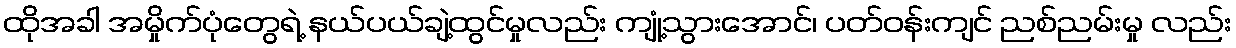
ထိုအခါ အမှိုက်ပုံတွေရဲ့ နယ်ပယ်ချဲ့ထွင်မှုလည်း ကျုံ့သွားအောင်၊ ပတ်ဝန်းကျင် ညစ်ညမ်းမှု လည်း